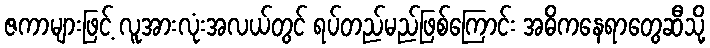
ဇကာများဖြင့် လူအားလုံးအလယ်တွင် ရပ်တည်မည်ဖြစ်ကြောင်း အဓိကနေရာတွေဆီသို့